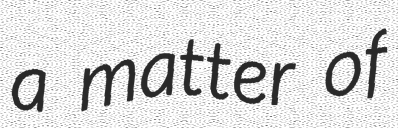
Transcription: a matter of